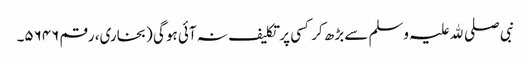
نبی صلی ﷲ علیہ وسلم سے بڑھ کر کسی پر تکلیف نہ آئی ہو گی (بخاری، رقم ۵۶۴۶۔